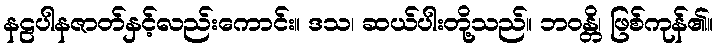
နဠပါနဇာတ်နှင့်လည်းကောင်း။ ဒသ၊ ဆယ်ပါးတို့သည်။ ဘဝန္တိ၊ ဖြစ်ကုန်၏။